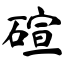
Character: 碹